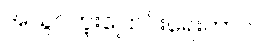
အသွင်ကူးပြောင်းရေးကာလ